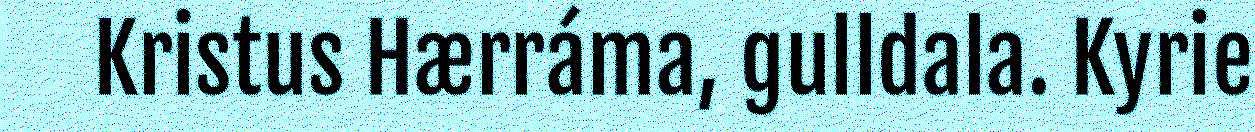
Kristus Hærráma, gulldala. Kyrie